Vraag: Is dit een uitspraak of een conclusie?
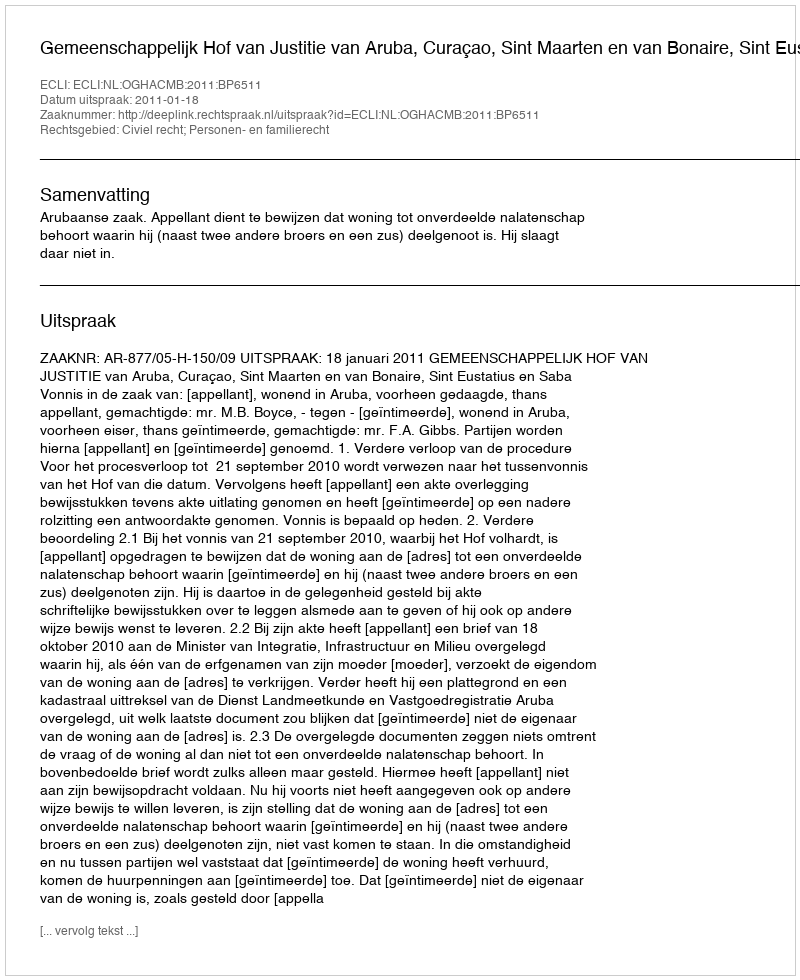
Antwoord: Uitspraak